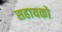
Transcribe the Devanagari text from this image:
सहायको